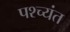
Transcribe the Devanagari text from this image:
पश्च्यंत